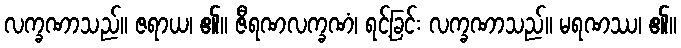
လက္ခဏာသည်။ ဇရာယ၊ ၏။ ဇီရဏလက္ခဏံ၊ ရင့်ခြင်း လက္ခဏာသည်။ မရဏဿ၊ ၏။